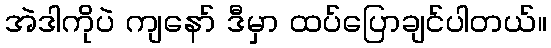
အဲဒါကိုပဲ ကျနော် ဒီမှာ ထပ်ပြောချင်ပါတယ်။